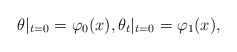
\begin{align*}\theta|_{t=0}=\varphi_0(x),\theta_t|_{t=0}=\varphi_1(x),\end{align*}